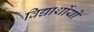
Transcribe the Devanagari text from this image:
विद्यार्थोयों